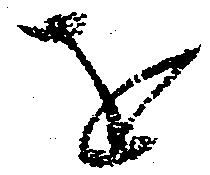
を